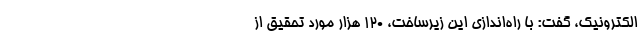
الکترونیک، گفت: با راه‌اندازی این زیرساخت، 120 هزار مورد تحقیق از